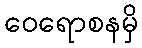
ဝေရောစနမှိ